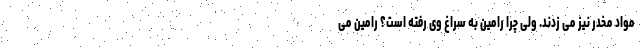
مواد مخدر نیز می زدند. ولی چرا رامین به سراغ وی رفته است؟ رامین می